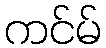
ကင်မ်